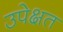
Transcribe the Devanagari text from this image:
उपेक्षत